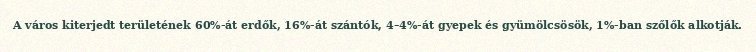
A város kiterjedt területének 60%-át erdők, 16%-át szántók, 4–4%-át gyepek és gyümölcsösök, 1%-ban szőlők alkotják.